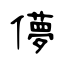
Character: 儚